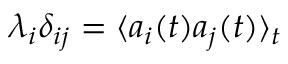
\lambda _ { i } \delta _ { i j } = \langle a _ { i } ( t ) a _ { j } ( t ) \rangle _ { t }